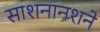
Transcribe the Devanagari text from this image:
साशनानशने